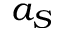
a _ { S }